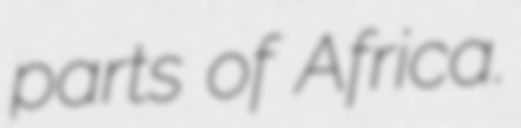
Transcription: parts of Africa.